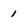
Character: 1